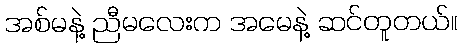
အစ်မနဲ့ ညီမလေးက အမေနဲ့ ဆင်တူတယ်။